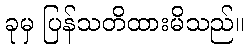
ခုမှ ပြန်သတိထားမိသည်။